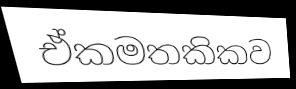
ඒකමතකිකව